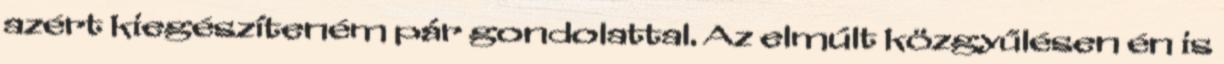
azért kiegészíteném pár gondolattal. Az elmúlt közgyűlésen én is